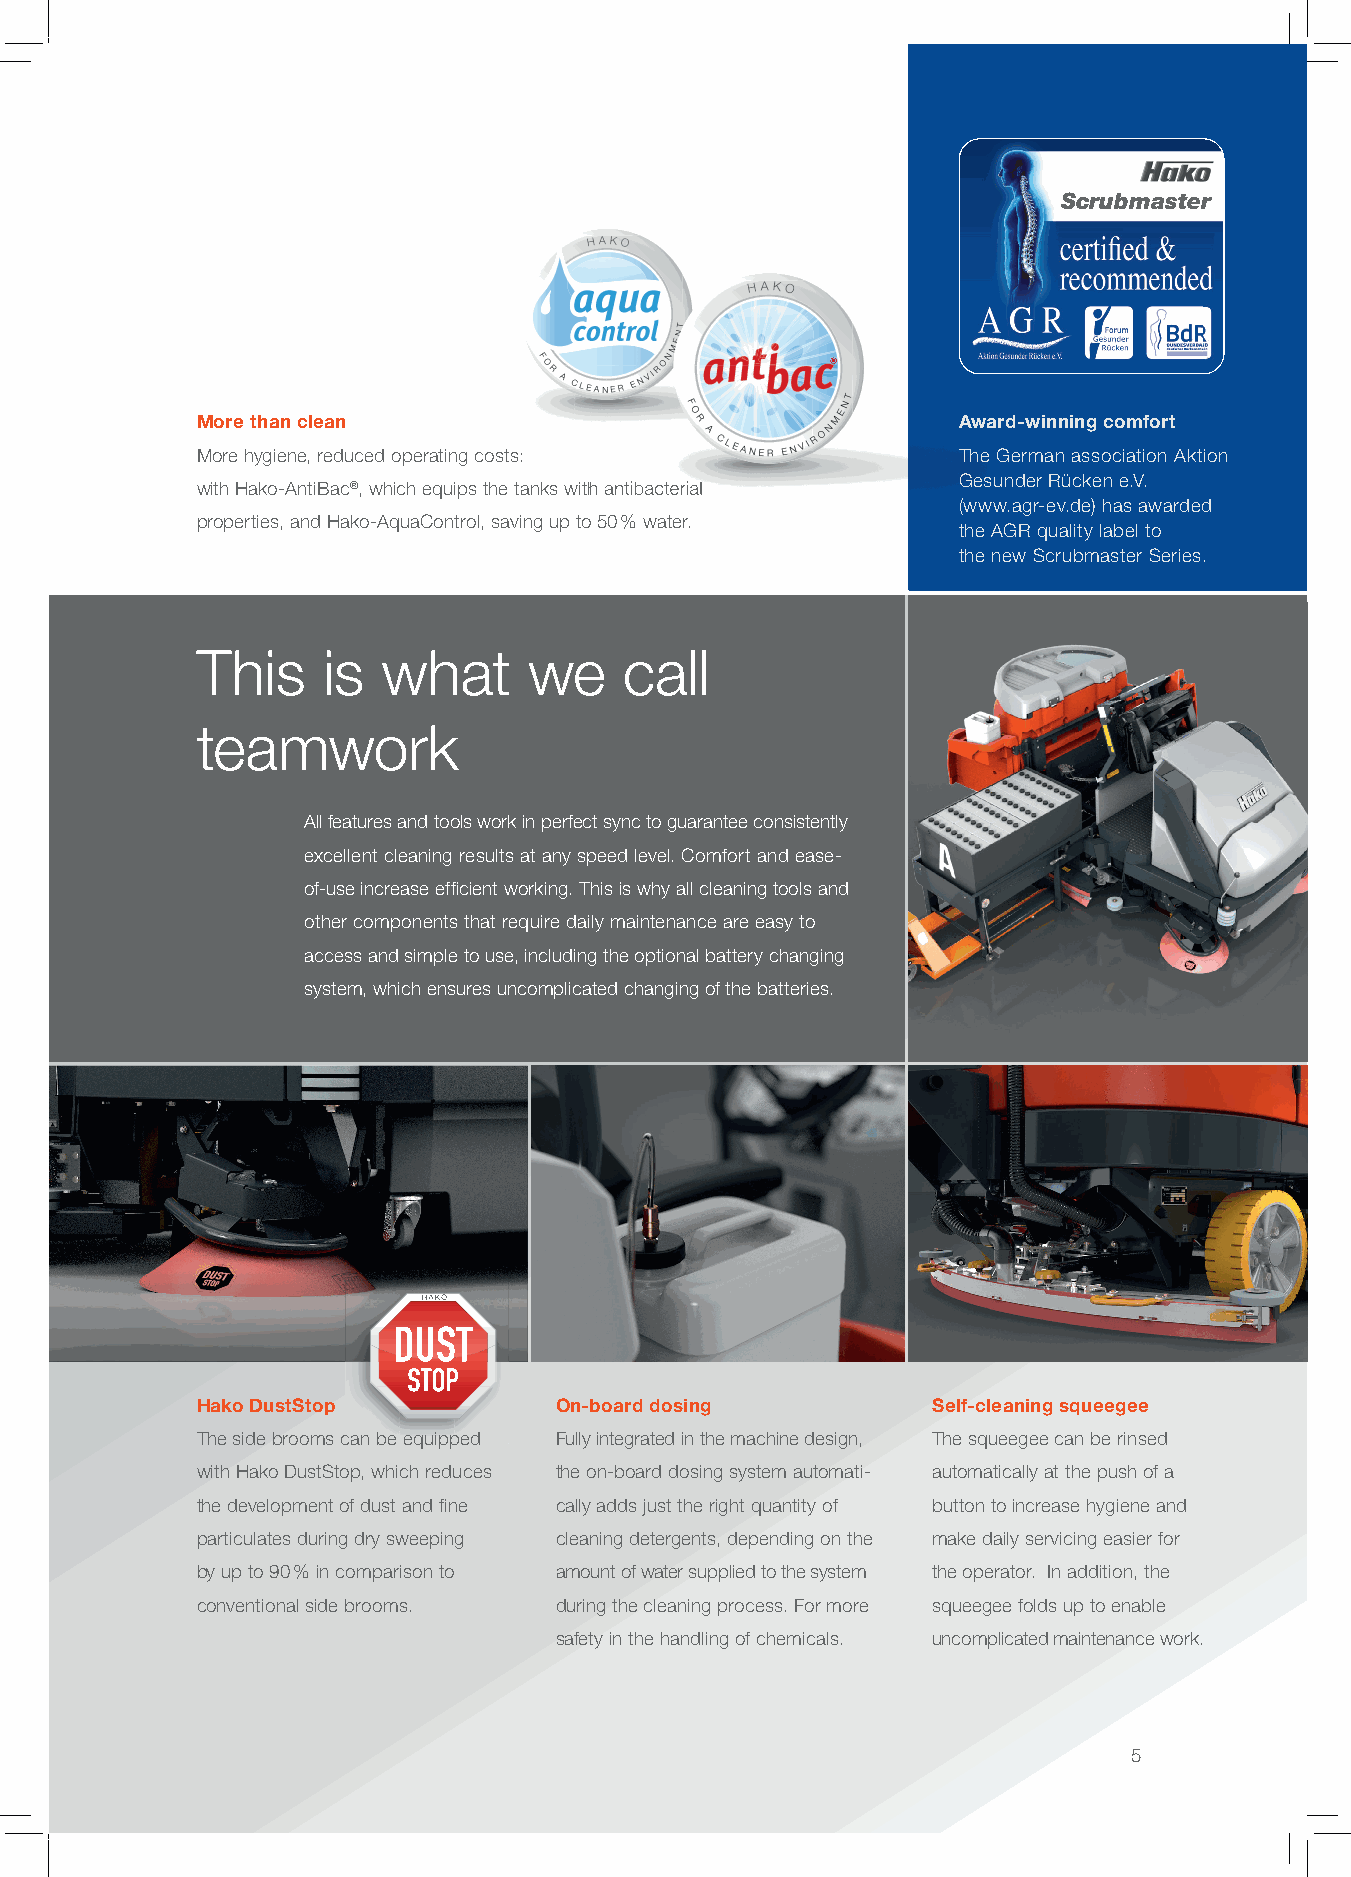
Scrubmaster
 ®®®®®®®®®
 More than clean                                   Award-winning comfort
 More hygiene, reduced operating costs:            The German association Aktion
 Gesunder Rücken e.V.
 with Hako-AntiBac®,, wwhhiicchh eeqquuiippss tthhee ttaannkkss wwiitthh aannttiibbaacctteerriiaall
 (www.agr-ev.de) has awarded
 properties, and Hako-AquaControl, saving up to 50 % water.
 the AGR quality label to
 the new Scrubmaster Series.
 This    is  what      we    call
 teamwork
 All features and tools work in perfect sync to guarantee consistently
 excellent cleaning results at any speed level. Comfort and ease-
 of-use increase effi cient working. This is why all cleaning tools and
 other components that require daily maintenance are easy to
 access and simple to use, including the optional battery changing
 system, which ensures uncomplicated changing of the batteries.
 HHAAKKOO
 Hako DustStop           On-board dosing          Self-cleaning squeegee
 The side brooms can be equipped Fully integrated in the machine design, The squeegee can be rinsed
 with Hako DustStop, which reduces the on-board dosing system automati- automatically at the push of a
 the development of dust and fi ne cally adds just the right quantity of button to increase hygiene and
 particulates during dry sweeping cleaning detergents, depending on the make daily servicing easier for
 by up to 90 % in comparison to amount of water supplied to the system the operator. In addition, the
 conventional side brooms. during the cleaning process. For more squeegee folds up to enable
 safety in the handling of chemicals. uncomplicated maintenance work.
 5